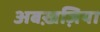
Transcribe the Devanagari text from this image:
अबख़ज़िया